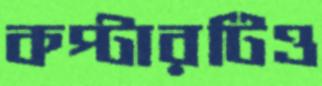
কপ্টারটিও